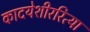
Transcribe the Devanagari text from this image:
कादयेशीररित्या